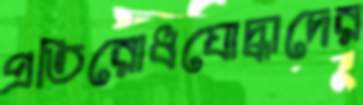
প্রতিরোধযোদ্ধাদের